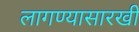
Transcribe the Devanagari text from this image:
लागण्यासारखी